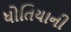
ધોતિયાની